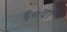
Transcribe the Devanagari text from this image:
६०वाँ